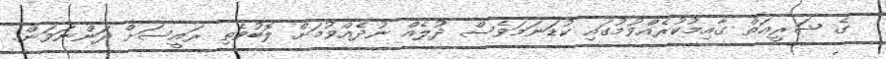
ގެ ޝަރީޢަތް ގާއިމުކުރެއްވުމުގައި ކުޑަނަމަވެސް ދުލެއް ނުދެއްވުމަށް ލޮބުވެތި ރައީސަށް ދަންނަވަން.